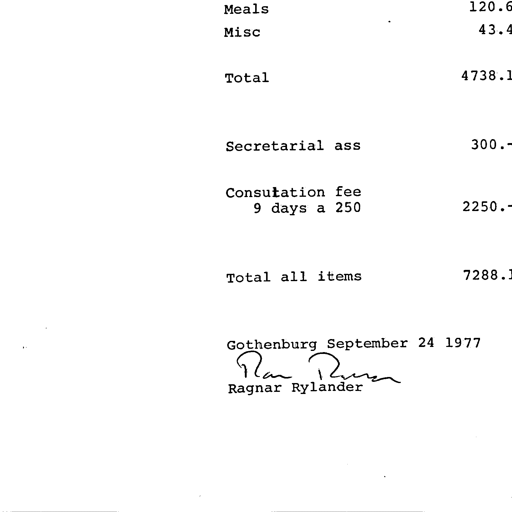
Meals 120.6
Misc 43.4

Total 4738.1

Secretarial ass 300.-

Consultation fee
9 days a 250 2250.-

Total all items 7288.1

Gothenburg September 24 1977
Ragnar Rylander
Ragnar Rylander